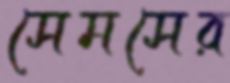
সেমসের